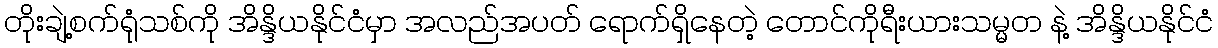
တိုးချဲ့စက်ရုံသစ်ကို အိန္ဒိယနိုင်ငံမှာ အလည်အပတ် ရောက်ရှိနေတဲ့ တောင်ကိုရီးယားသမ္မတ နဲ့ အိန္ဒိယနိုင်ငံ